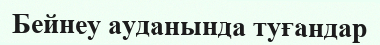
Бейнеу ауданында туғандар